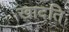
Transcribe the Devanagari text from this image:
खादति